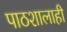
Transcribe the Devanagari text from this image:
पाठशालाही